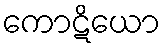
ကောဋိယော